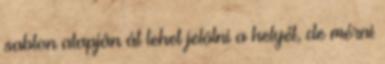
sablon alapján át lehet jelölni a helyét, de mérni